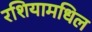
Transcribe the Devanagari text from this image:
रशियामधिल